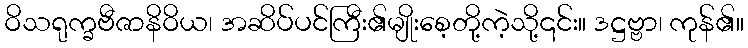
ဝိသရုက္ခဗီဇာနိဝိယ၊ အဆိပ်ပင်ကြီး၏မျိုးစေ့တို့ကဲ့သို့၎င်း။ ဒဋ္ဌဗ္ဗာ၊ ကုန်၏။